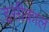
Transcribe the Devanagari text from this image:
इसीकाल